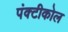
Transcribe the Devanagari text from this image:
पंक्टीकोल